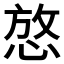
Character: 𪬆